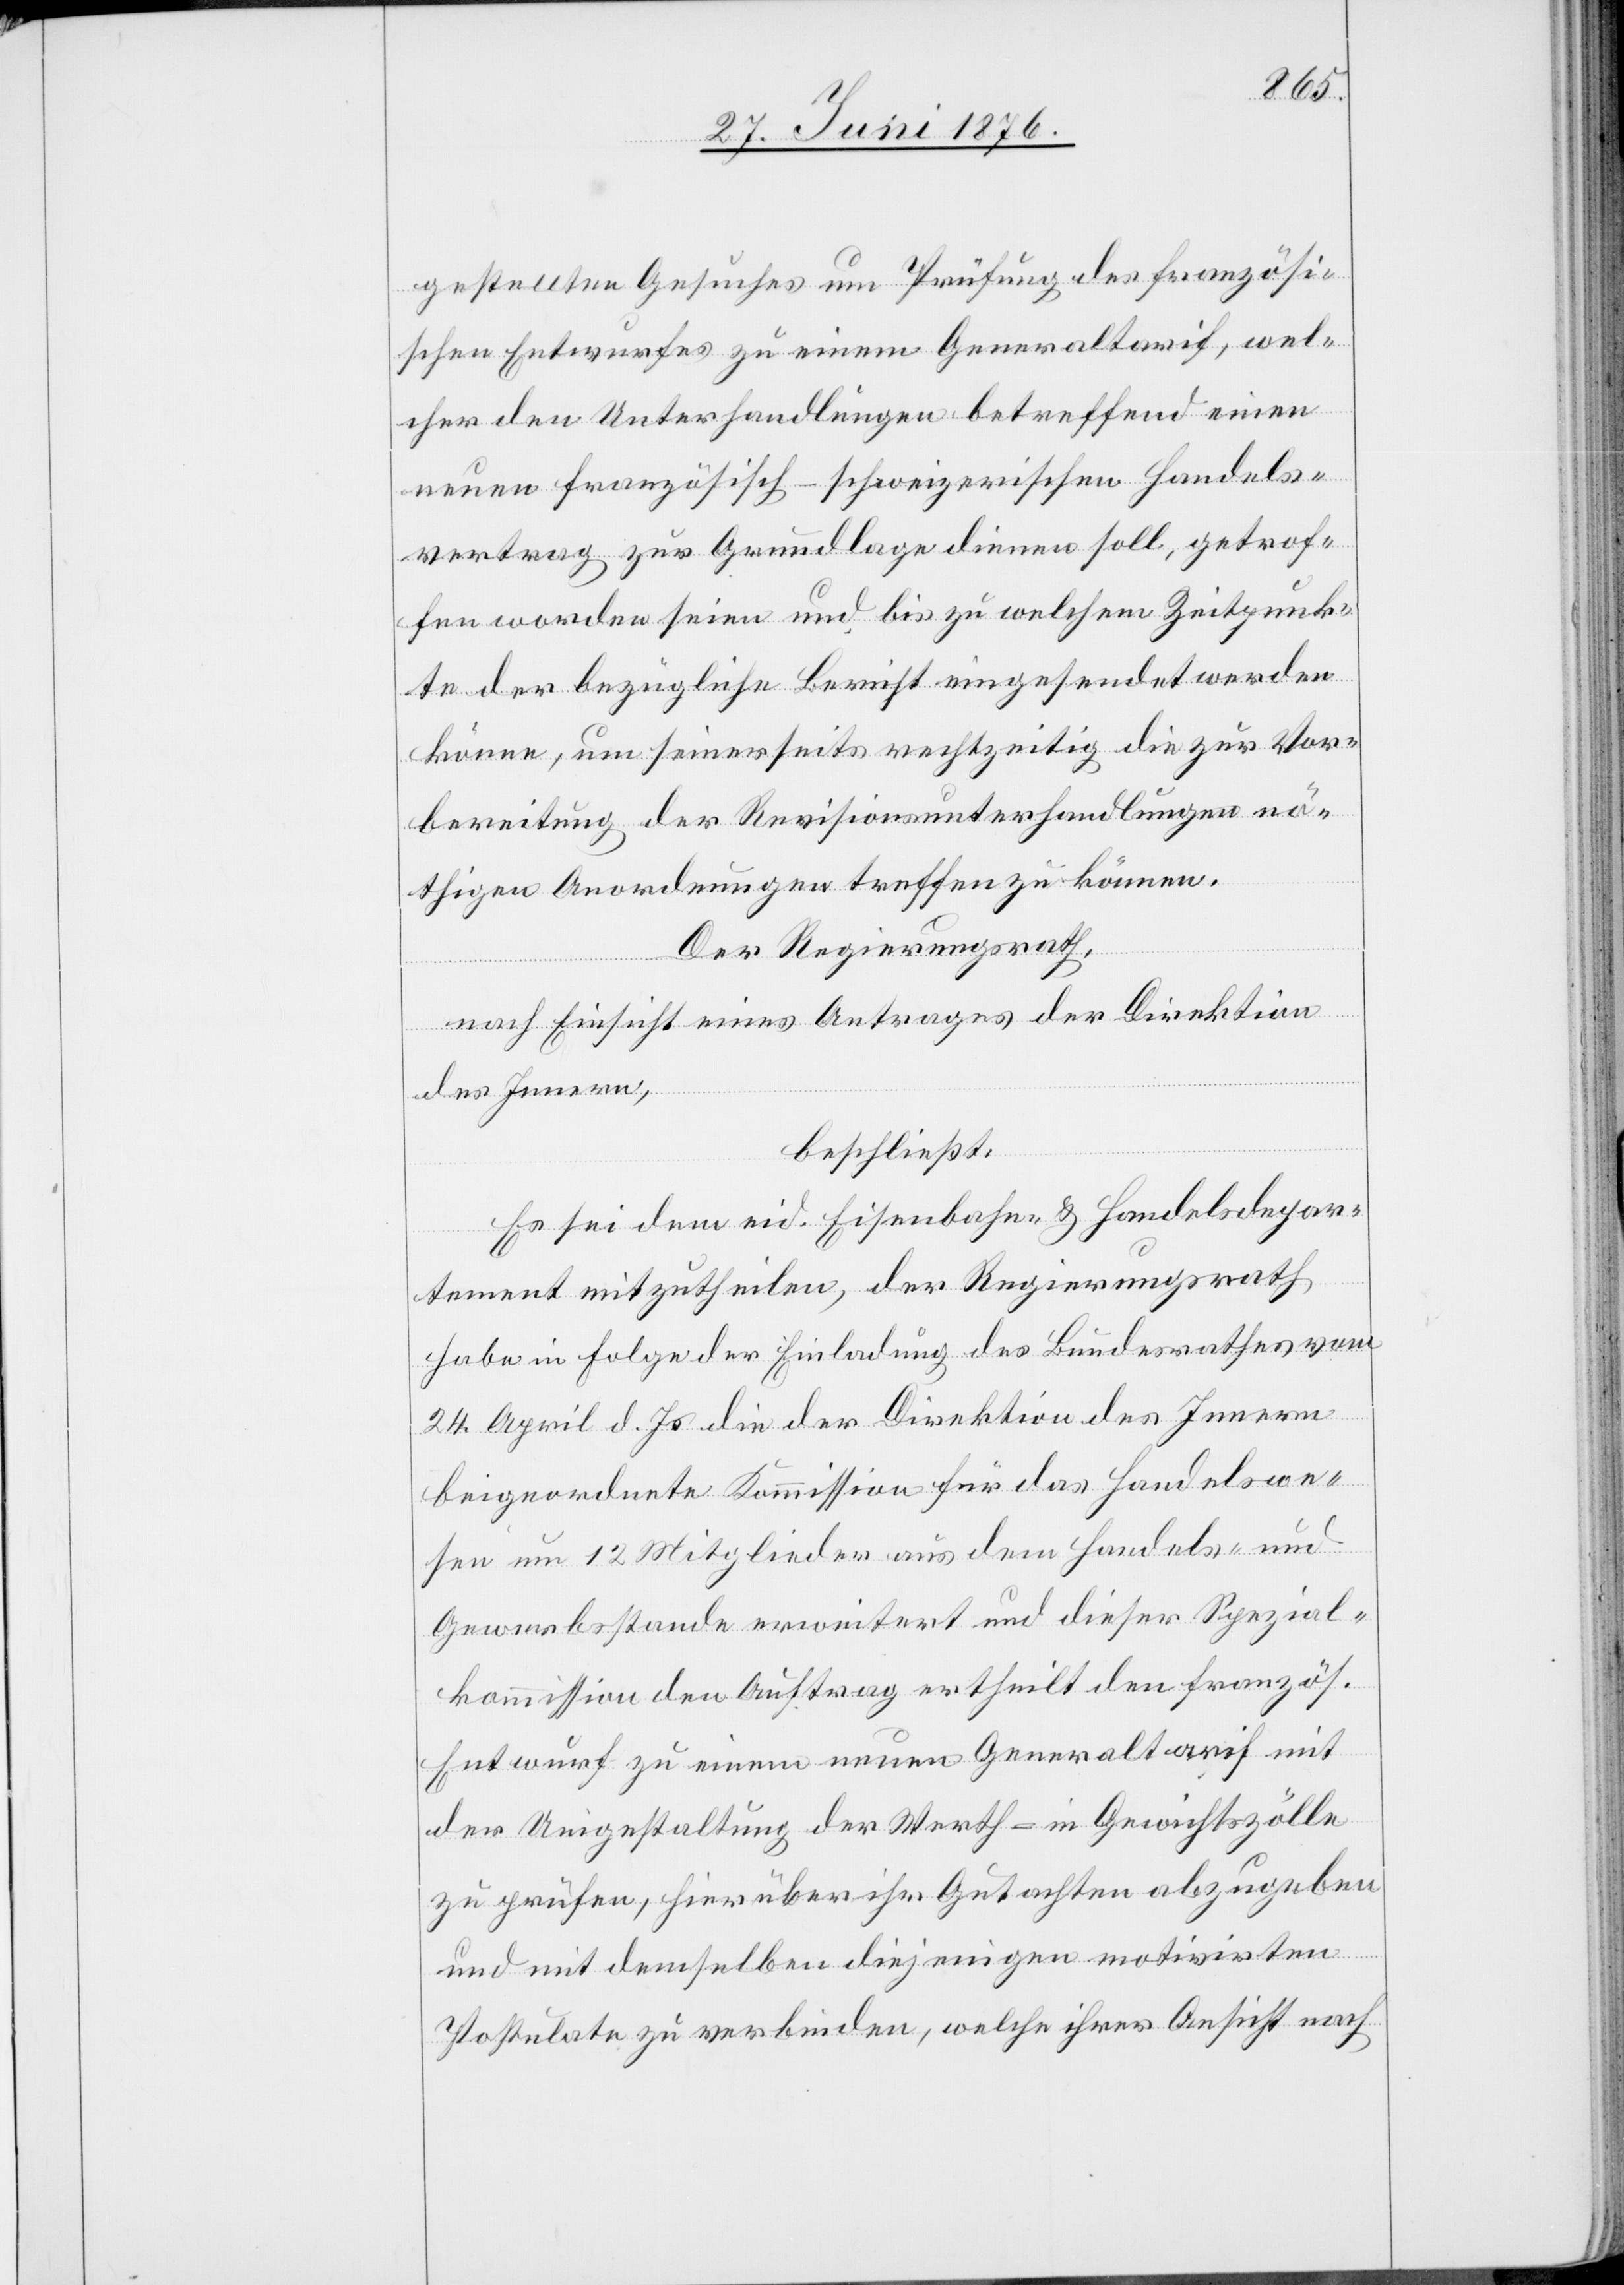
gestellten Gesuches um Prüfung des französi¬
schen Entwurfes zu einem Generaltarif, wel¬
cher den Unterhandlungen betreffend einen
neuen französisch-schweizerischen Handels¬
vertrag zur Grundlage dienen soll, getrof¬
fen worden seien und bis zu welchem Zeitpunk¬
te der bezügliche Bericht eingesendet werden
könne, um seinerseits rechtzeitig die zur Vor¬
bereitung der Revisionsunterhandlungen nö¬
thigen Anordnungen treffen zu können.
Der Regierungsrath,
nach Einsicht eines Antrages der Direktion
des Innern,
beschließt:
Es sei dem eid. Eisenbahn- und Handelsdepar¬
tement mitzutheilen, der Regierungsrath
habe in Folge der Einladung des Bundesrathes vom
24. April d. Js. die der Direktion des Innern
beigeordnete Kommission für das Handelswe¬
sen um 12 Mitglieder aus dem Handels- und
Gewerbsstande erweitert und dieser Spezial¬
kommission den Auftrag ertheilt den französ.
Entwurf zu einem neuen Generaltarif mit
der Umgestaltung der Werth- in Gewichtszölle
zu prüfen, hierüber ihr Gutachten abzugeben
und mit demselben diejenigen motivirten
Postulate zu verbinden, welche ihrer Ansicht nach